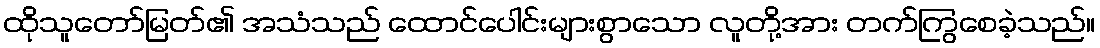
ထိုသူတော်မြတ်၏ အသံသည် ထောင်ပေါင်းများစွာသော လူတို့အား တက်ကြွစေခဲ့သည်။